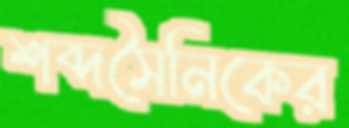
শব্দসৈনিকের